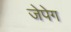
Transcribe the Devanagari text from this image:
जेपेग